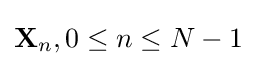
{\bf {X}}_{n},0\leq n\leq N-1